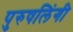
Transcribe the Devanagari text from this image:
पुरुषलिंगी